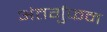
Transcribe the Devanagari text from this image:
अंतर्गुफन